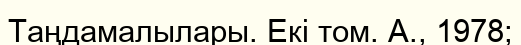
Таңдамалылары. Екі том. А., 1978;